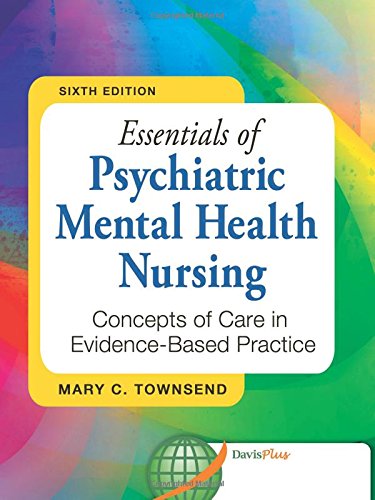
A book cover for Essentials of Psychiatric Mental Health Nursing: Concepts of Care in Evidence-Based Practice; Mary C. Townsend DSN  PMHCNS-BC; Medical Books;